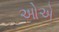
ઓએ